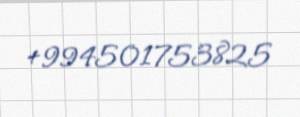
+994501753825